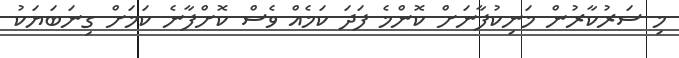
މި ސަރުކާރުން މަނިކުފާނަށް ކޮންމެ ފަދަ ކަމެއް ވެސް ކޮށްފާނެ ކަމަށް ގިނަބަޔަކު